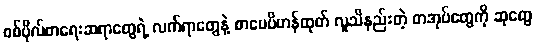
စစ်ဗိုလ်စာရေးဆရာတွေရဲ့ လက်ရာတွေနဲ့ စာပေဗိမာန်ထုတ် လူသိနည်းတဲ့ စာအုပ်တွေကို ဆုတွေ